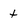
Character: t